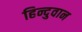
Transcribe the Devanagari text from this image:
हिन्दुवान